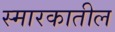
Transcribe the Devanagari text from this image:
स्मारकातील